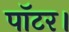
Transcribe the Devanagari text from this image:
पॉटर।